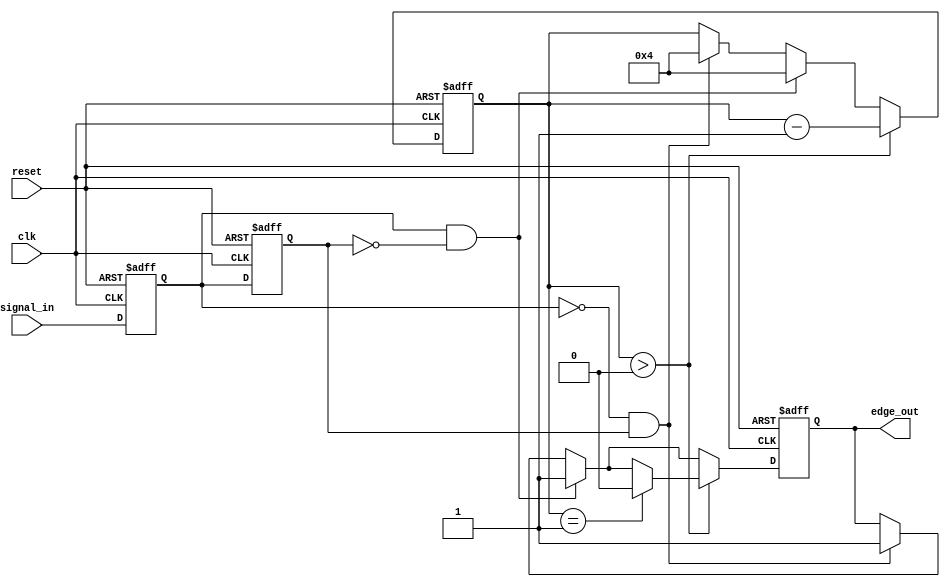
module schmitt_trigger_edge_detector (
    input wire clk,               // Clock signal
    input wire reset,             // Reset signal
    input wire signal_in,         // Input signal to detect edges
    output reg edge_out           // Output pulse for detected edges
);

    // State registers
    reg previous_state;           // Previous State Flip-Flop (PSFF)
    reg current_state;            // Current State Flip-Flop (CSFF)

    // Parameters for pulse width (can be adjusted as needed)
    parameter PULSE_WIDTH = 4;    // Pulse width in clock cycles

    // Internal counter for pulse width
    reg [3:0] pulse_counter;

    // Edge detection logic
    always @(posedge clk or posedge reset) begin
        if (reset) begin
            previous_state <= 1'b0;
            current_state <= 1'b0;
            edge_out <= 1'b0;
            pulse_counter <= 0;
        end else begin
            // Sample the current state
            previous_state <= current_state;
            current_state <= signal_in;

            // Edge detection
            if (current_state && !previous_state) begin
                // Rising edge detected
                edge_out <= 1'b1; // Generate pulse
                pulse_counter <= PULSE_WIDTH; // Start pulse width counter
            end else if (!current_state && previous_state) begin
                // Falling edge detected
                edge_out <= 1'b1; // Generate pulse
                pulse_counter <= PULSE_WIDTH; // Start pulse width counter
            end

            // Pulse width control
            if (pulse_counter > 0) begin
                pulse_counter <= pulse_counter - 1;
                if (pulse_counter == 1) begin
                    edge_out <= 1'b0; // End pulse
                end
            end
        end
    end

endmodule